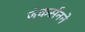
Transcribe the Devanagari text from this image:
जेकर्सनने